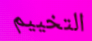
التخييم